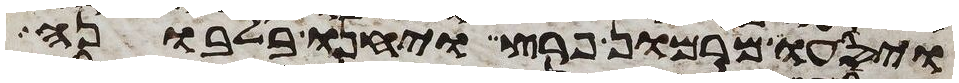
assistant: ויסעו מרמון פרץ ויחנו בלבונה